Report on sanitation, dispensaries, and jails in Rajputana for 1913, and on vaccination for the year 1913-1914 - 1913-1914
Year: 1913
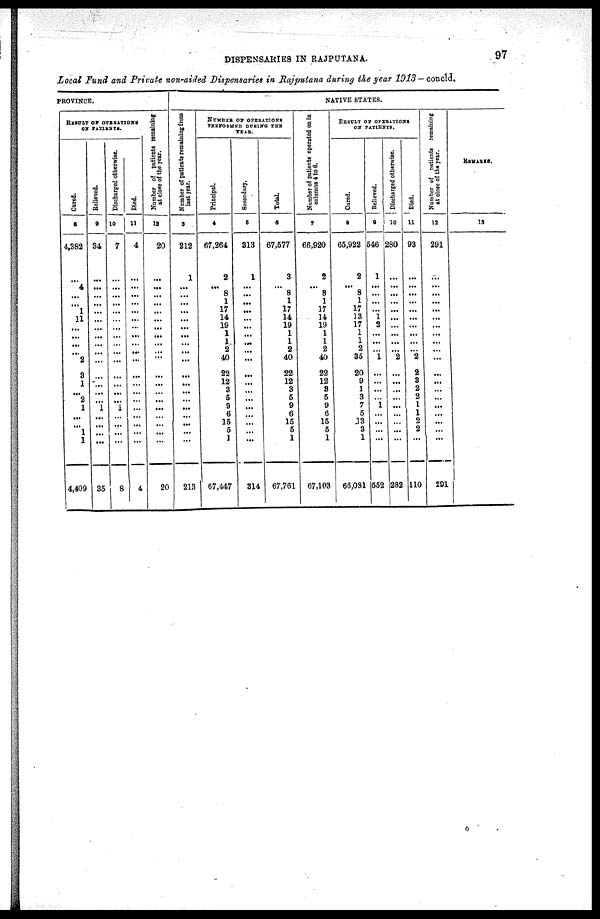
DISPENSARIES IN RAJPUTANA.
97
Local Fund and Private non-aided Dispensaries in Rajputana during the year 1913— concld.
PROVINCE.
RESULT OF OPERATIONS
ON PATIENTS.
Cured.
8
4,382
...
4
...
...
1
11
...
...
...
...
2
3
1
...
2
1
...
...
1
1
4,409
Relieved.
9
84
...
...
...
...
...
...
...
...
...
...
...
...
...
...
...
1
...
...
...
...
35
Discharged otherwise.
10
7
...
...
...
...
...
...
...
...
...
...
...
...
...
...
...
1
...
...
...
...
8
Died.
11
4
...
...
...
...
...
...
...
...
...
...
...
...
...
...
...
...
...
...
...
...
4
Number of patients remaining
at close of the year.
12
20
...
...
...
...
...
...
...
...
...
...
...
...
...
...
...
...
...
...
...
...
20
NATIVE STATES.
Number of patients remaining from
last year.
3
212
1
...
...
...
...
...
...
...
...
...
...
...
...
...
...
...
...
...
...
...
213
NUMBER OF OPERATIONS
PERFORMED DURING THE
YEAR.
Principal.
4
67,264
2
...
8
1
17
14
19
1
1
2
40
22
12
3
5
9
6
15
5
1
67,447
Secondary.
5
313
1
...
...
...
...
...
...
...
...
...
...
...
...
...
...
...
...
...
...
...
314
Total.
6
67,577
3
...
8
1
17
14
19
1
1
2
40
22
12
3
5
9
6
15
5
1
67,761
Number of patients operated on in
columns 4 to 6.
7
66,920
2
...
8
1
17
14
19
1
1
2
40
22
12
3
5
9
6
15
5
1
67,103
RESULT OF OPERATIONS
ON PATIENTS.
Cured.
8
65,922
2
...
8
1
17
13
17
1
1
2
35
20
9
1
3
7
5
13
3
1
66,081
Relieved.
9
546
1
...
...
...
...
1
2
...
...
...
1
...
...
...
...
1
...
...
...
...
552
Discharged otherwise.
10
280
...
...
...
...
...
...
...
...
...
...
2
...
...
...
...
...
...
...
...
...
282
Died.
11
93
...
...
...
...
...
...
...
...
...
...
2
2
3
2
2
1
1
2
2
...
110
Number of patients remaining
at close of the year.
12
291
...
...
...
...
...
...
...
...
...
...
...
...
...
...
...
...
...
...
...
...
291
REMARKS.
13